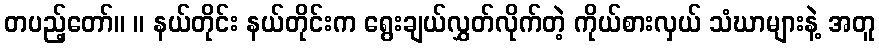
တပည့်တော်။ ။ နယ်တိုင်း နယ်တိုင်းက ရွေးချယ်လွှတ်လိုက်တဲ့ ကိုယ်စားလှယ် သံဃာများနဲ့ အတူ